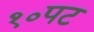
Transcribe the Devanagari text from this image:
१०पट